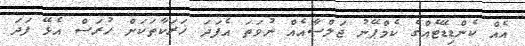
އެއް ކެންޑިޑޭޓެއްގެ ކެމްޕޭނު ޖަލްސާއެއް ނުވަތަ އެފަދަ ހަރަކާތަކަށް ހުރަސް އެޅޭ ފަދަ